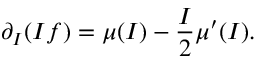
\partial _ { I } ( I f ) = \mu ( I ) - \frac { I } { 2 } \mu ^ { \prime } ( I ) .